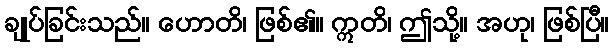
ချုပ်ခြင်းသည်။ ဟောတိ၊ ဖြစ်၏။ ဣတိ၊ ဤသို့။ အဟု၊ ဖြစ်ပြီ။